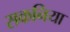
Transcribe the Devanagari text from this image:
सकनिया